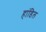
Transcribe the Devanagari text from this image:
हांडिल